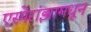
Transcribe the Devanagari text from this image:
एस्पेरांझामधून